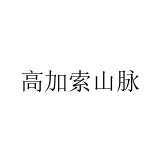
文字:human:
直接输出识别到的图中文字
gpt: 高加索山脉